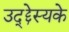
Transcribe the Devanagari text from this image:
उद्द्देस्यके